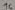
Text: 16